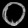
Digit: ၀